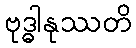
ဗုဒ္ဓါနုဿတိ